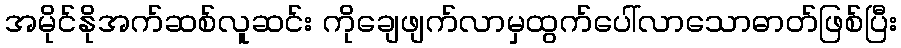
အမိုင်နိုအက်ဆစ်လူဆင်း ကိုချေဖျက်လာမှထွက်ပေါ်လာသောဓာတ်ဖြစ်ပြီး